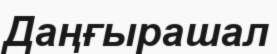
Даңғырашал